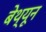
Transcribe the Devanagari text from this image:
बेथ्यून